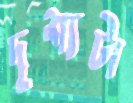
দৃশ্যটা